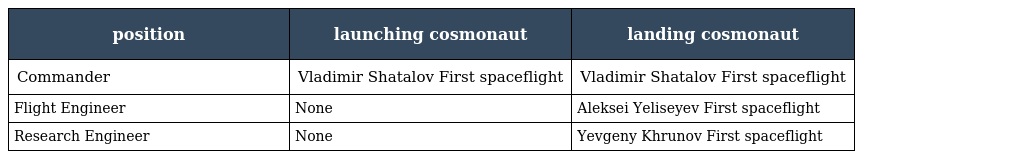
| position | launching cosmonaut | landing cosmonaut |
 | --- | --- | --- |
 | Commander | Vladimir Shatalov First spaceflight | Vladimir Shatalov First spaceflight |
 | Flight Engineer | None | Aleksei Yeliseyev First spaceflight |
 | Research Engineer | None | Yevgeny Khrunov First spaceflight |